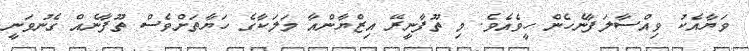
ވަޔާއެކު ވިއްސާލަފާނެހެން ހީވެއެވެ. މި ތޫފާނީރޭ އިޒްޔާންއާ މަލަކާގެ ހަޔާތަށްވެސް ތޫފާނެއް ގެނުވަނީ